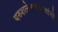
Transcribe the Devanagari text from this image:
यरुशलेमवासीयांनो